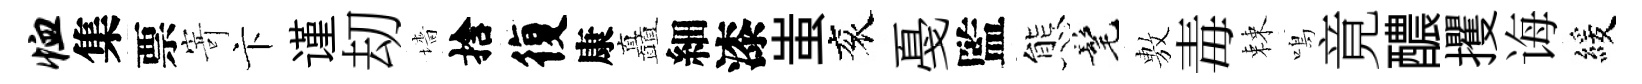
恤集票𭔃卞谨刧墻捨復康矗細漆蚩衮戞監態髦𢾾毒棘鳴竟醲攫诲緩